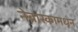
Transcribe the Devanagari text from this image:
नेब्रास्कामधून